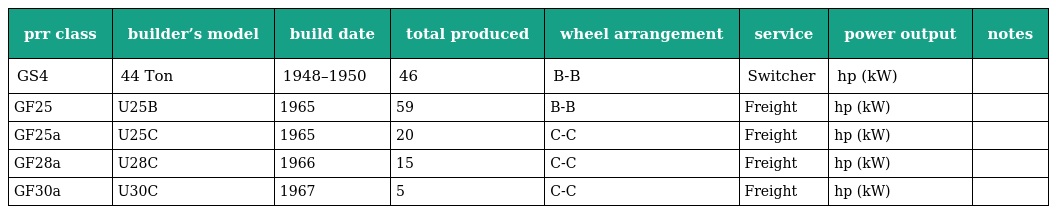
| prr class | builder’s model | build date | total produced | wheel arrangement | service | power output | notes |
 | --- | --- | --- | --- | --- | --- | --- | --- |
 | GS4 | 44 Ton | 1948–1950 | 46 | B-B | Switcher | hp (kW) |  |
 | GF25 | U25B | 1965 | 59 | B-B | Freight | hp (kW) |  |
 | GF25a | U25C | 1965 | 20 | C-C | Freight | hp (kW) |  |
 | GF28a | U28C | 1966 | 15 | C-C | Freight | hp (kW) |  |
 | GF30a | U30C | 1967 | 5 | C-C | Freight | hp (kW) |  |